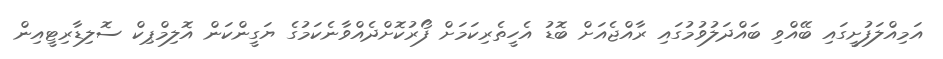
އަމިއްލަފުށީގައި ބޭއްވި ބައްދަލުވުމުގައި ރާއްޖެއަށް ބޮޑު އެހީތެރިކަމަށް ފޯރުކޮށްދެއްވާނެކަމުގެ ޔަގީންކަން އޮލިމްޕިކް ސޮލިޑާރިޓީއިން